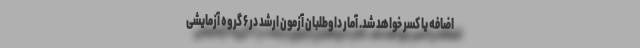
اضافه یا کسر خواهد شد. آمار داوطلبان آزمون ارشد در ۶ گروه آزمایشی